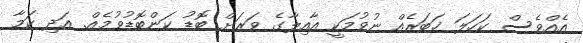
އެއްވެސް ކަހަލަ ޚަބަރެއް ނުވުމަކީ އާއިލާގެ ވަރަށް ބޮޑު ކަންބޮޑުވުމެއް. އަދި ކަމާ